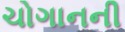
ચોગાનની